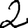
Digit: 2